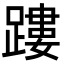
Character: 𨄜